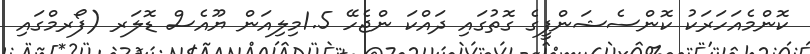
ކޮންމެއަހަރަކު ކޮންސެޝަންފީގެ ގޮތުގައި ދައްކަ ންޖެހޭ 1.5މިލިއަން ޔޫއެސް ޑޮލަރ (ފޯރމްގައި